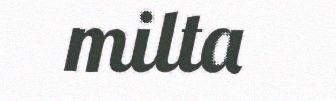
milta